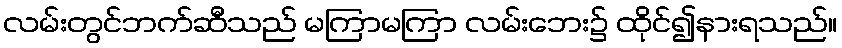
လမ်းတွင်ဘက်ဆီသည် မကြာမကြာ လမ်းဘေး၌ ထိုင်၍နားရသည်။